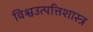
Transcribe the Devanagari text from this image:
विश्वउत्पत्तिशास्त्र